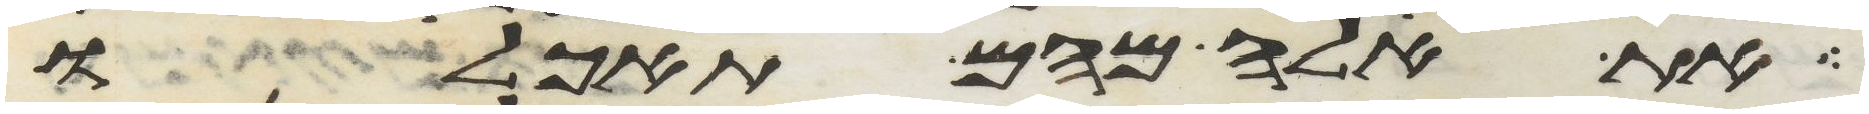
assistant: את אלה מהם תאכלו